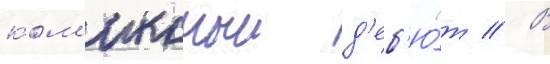
ком'иксныи д'еб'ю́т // В